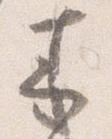
来